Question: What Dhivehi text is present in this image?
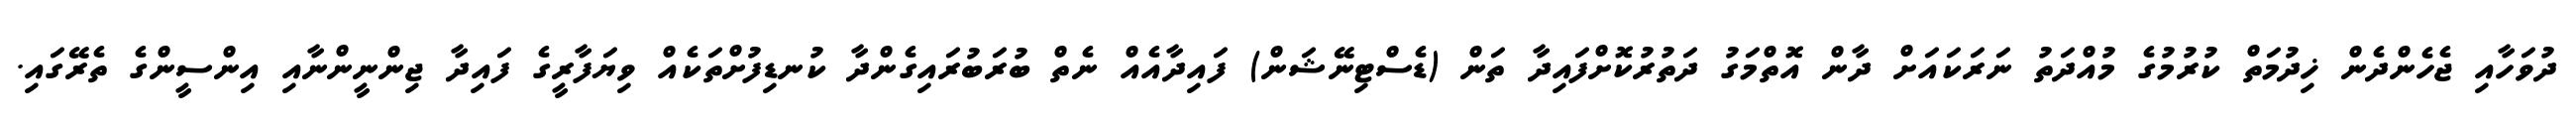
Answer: ދުވަހާއި ޖެހެންދެން ޚިދުމަތް ކުރުމުގެ މުއްދަތު ނަރަކައަށް ދާން އޮތްމަގު ދަތުރުކޮށްފައިދާ ތަން (ޑެސްޓިނޭޝަން) ފައިދާއެއް ނެތް ބުރަބުރައިގެންދާ ކުނޑިފުށްތަކެއް ވިޔަފާރީގެ ފައިދާ ޖިންނީންނާއި އިންސީންގެ ތެރޭގައި.